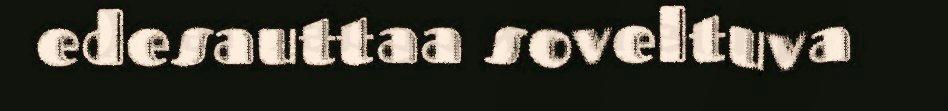
edesauttaa soveltuva